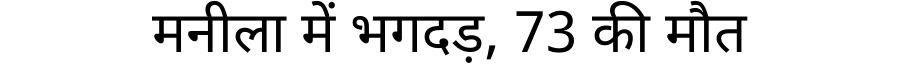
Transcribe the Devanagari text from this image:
मनीला में भगदड़, 73 की मौत